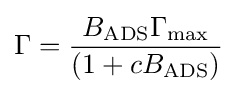
\Gamma ={B_{\text{ADS}}\Gamma _{\text{max}} \over (1+cB_{\text{ADS}})}